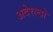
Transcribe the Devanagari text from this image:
अदेरल्दो